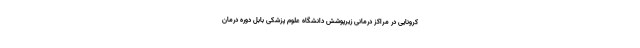
کرونایی در مراکز درمانی زیرپوشش دانشگاه علوم پزشکی بابل دوره درمان